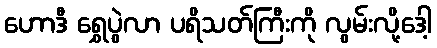
ဟောဒီ ရွှေပွဲလာ ပရိသတ်ကြီးကို လွမ်းလို့ဒေါ့